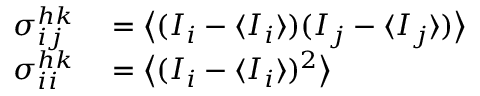
\begin{array} { r l } { \sigma _ { i j } ^ { h k } } & { { } = \big \langle ( I _ { i } - \langle I _ { i } \rangle ) ( I _ { j } - \langle I _ { j } \rangle ) \big \rangle } \\ { \sigma _ { i i } ^ { h k } } & { { } = \big \langle ( I _ { i } - \langle I _ { i } \rangle ) ^ { 2 } \big \rangle } \end{array}